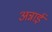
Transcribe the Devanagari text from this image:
अन्नाई